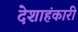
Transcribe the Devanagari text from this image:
देशाहंकारी